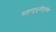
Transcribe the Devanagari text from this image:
सहानुभूतीपूर्वक